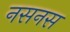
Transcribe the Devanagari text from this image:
नसनस